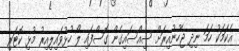
އެކަމަކު ހަމަ ނިދި ޖެހުނުއިރަށް ސިއްސައިގެން ގޮސްފައި ލޯ ހުޅުވައިލިއިރު މުޅި ކޮޓަރި